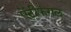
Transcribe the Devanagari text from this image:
ऐंटीफंगल